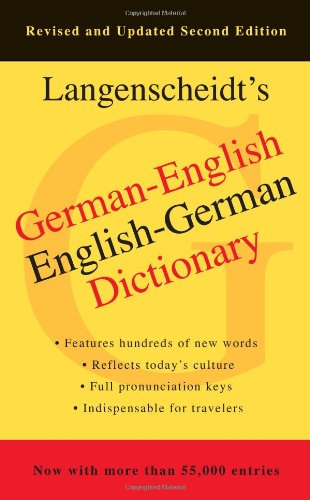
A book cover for German-English, English-German Dictionary, 2nd Edition; Langenscheidt Editorial Staff; Reference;